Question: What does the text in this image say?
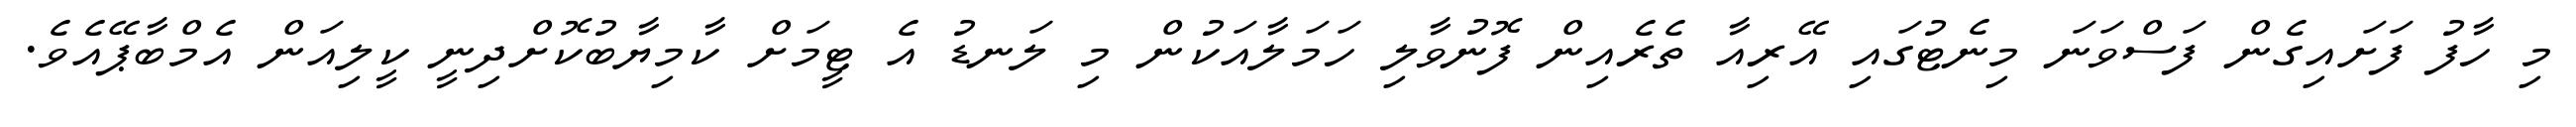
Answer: މި ހާފު ފަށައިގެން ފަސްވަނަ މިނެޓުގައި އޭރިއާ ތެރެއިން ފޮނުވާލި ހަމަލާއަކުން މި ލަނޑު އެ ޓީމަށް ކާމިޔާބުކޮށްދިނީ ކީލިއަން އެމްބާޕޭއެވެ.